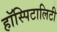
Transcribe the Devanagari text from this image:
हॉस्पिटालिटी